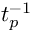
t _ { p } ^ { - 1 }